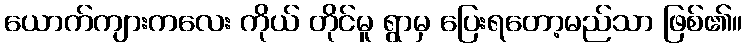
ယောက်ကျားကလေး ကိုယ် တိုင်မူ ရွာမှ ပြေးရတော့မည်သာ ဖြစ်၏။